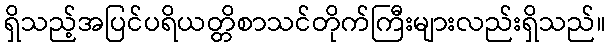
ရှိသည့်အပြင်ပရိယတ္တိစာသင်တိုက်ကြီးများလည်းရှိသည်။